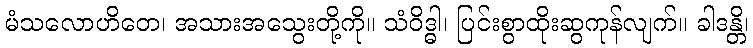
မံသလောဟိတေ၊ အသားအသွေးတို့ကို။ သံဝိဒ္ဓါ၊ ပြင်းစွာထိုးဆွကုန်လျက်။ ခါဒန္တိ၊